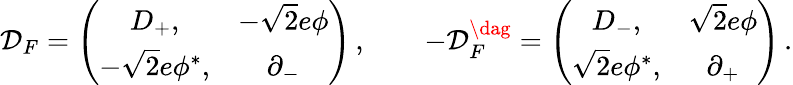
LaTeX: \mathcal{D}_{F}=\left(\begin{array}{cc}{{D_{+},}}&{{-\sqrt{2}e\phi}}\\ {{-\sqrt{2}e\phi^{*},}}&{{\partial_{-}}}\end{array}\right)\, ,\qquad-\mathcal{D}_{F}^{\dag}=\left(\begin{array}{cc}{{D_{-},}}&{{\sqrt{2}e\phi}}\\ {{\sqrt{2}e\phi^{*},}}&{{\partial_{+}}}\end{array}\right)\, .